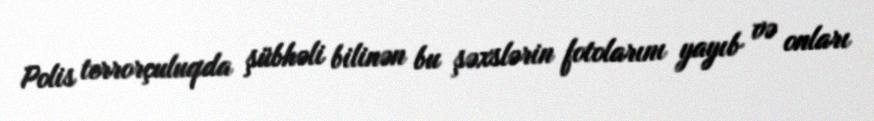
Polis terrorçuluqda şübhəli bilinən bu şəxslərin fotolarını yayıb və onları